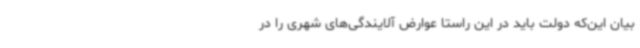
بیان این‌که دولت باید در این راستا عوارض آلایندگی‌های شهری را در